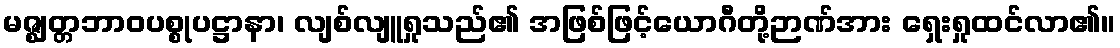
မဇ္ဈတ္တဘာဝပစ္စုပဋ္ဌာနာ၊ လျစ်လျူရှုသည်၏ အဖြစ်ဖြင့်ယောဂီတို့ဉာဏ်အား ရှေးရှုထင်လာ၏။